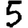
Digit: 5